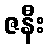
ဇနီး